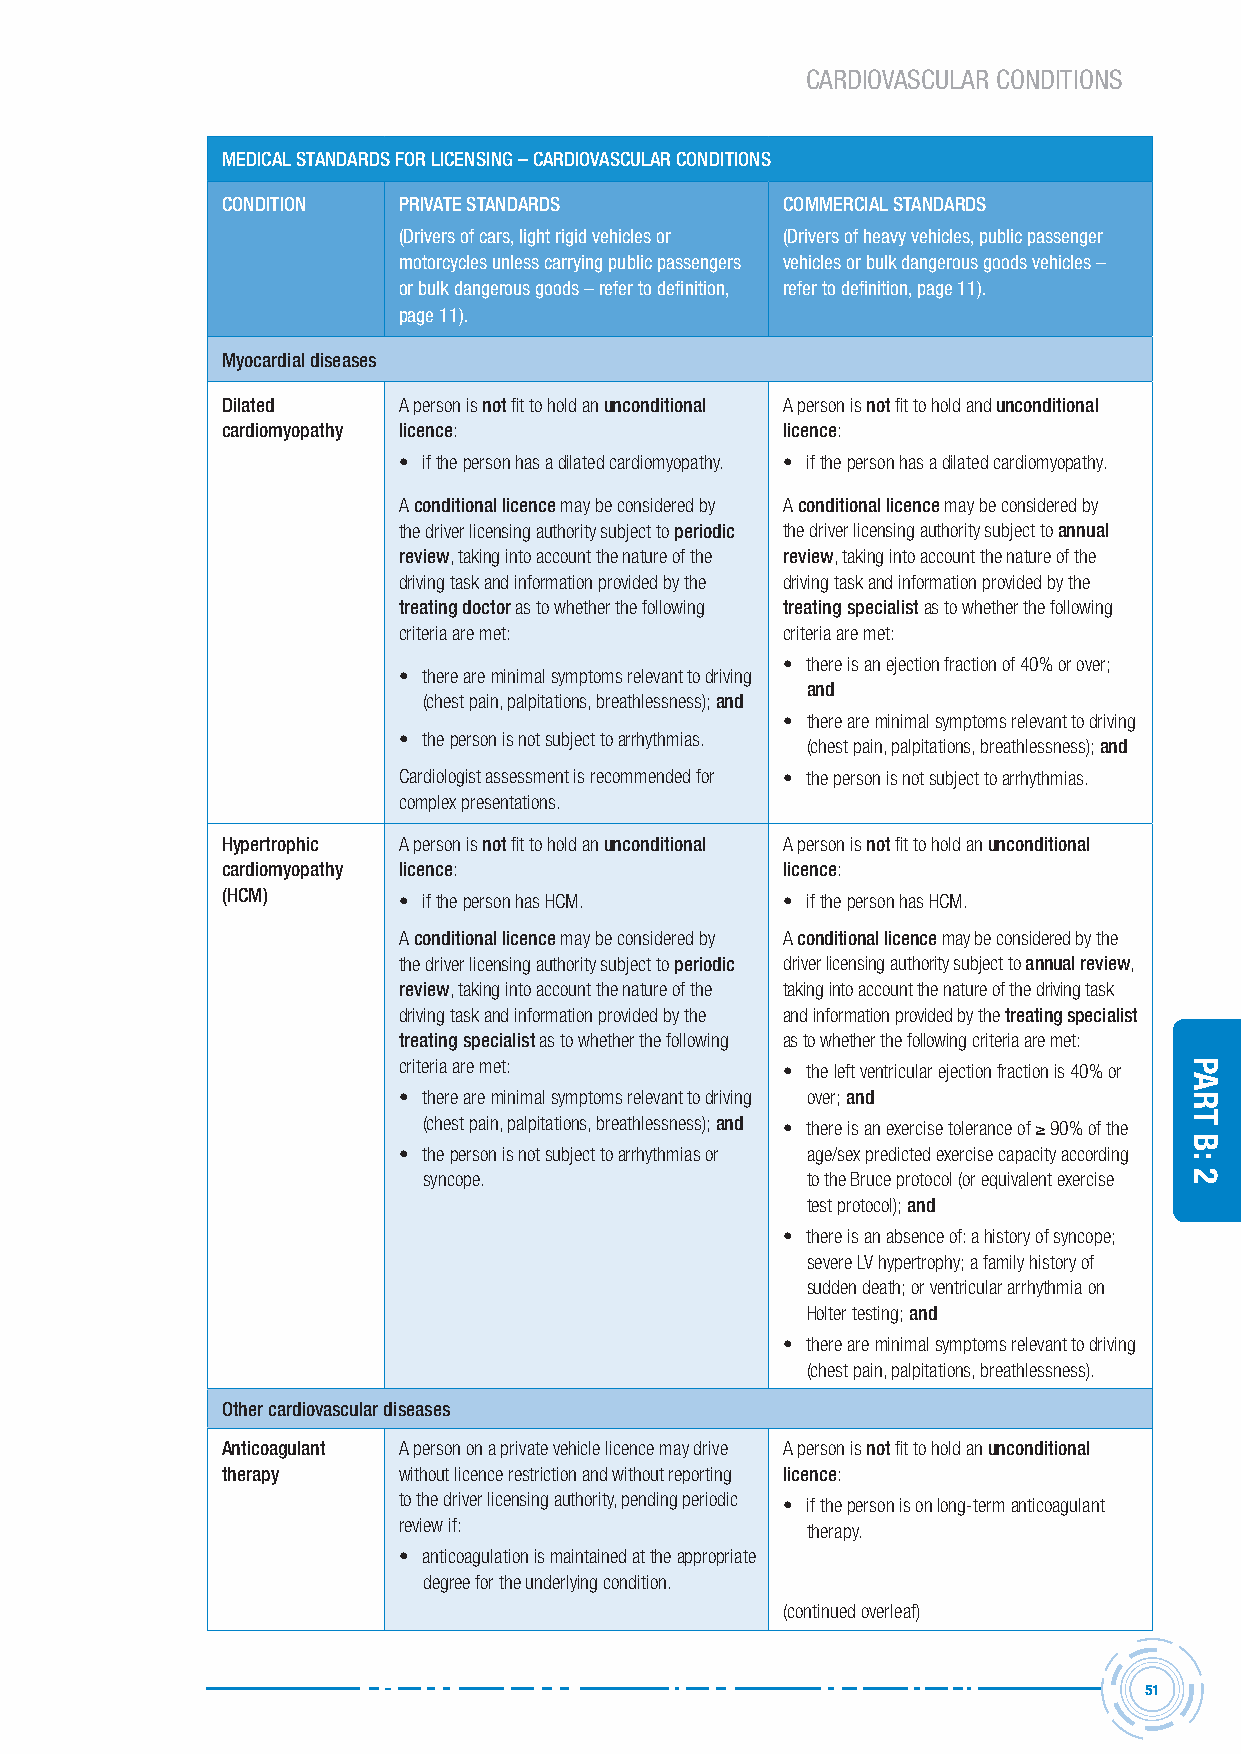
CARDIOVASCULAR CONDITIONS
 MeDicAL stAnDArDs For Licensing – cArDiovAscULAr conDitions
 conDition  PrivAte stAnDArDs         coMMerciAL stAnDArDs
 (Drivers of cars, light rigid vehicles or (Drivers of heavy vehicles, public passenger
 motorcycles unless carrying public passengers vehicles or bulk dangerous goods vehicles –
 or bulk dangerous goods – refer to definition, refer to definition, page 11).
 page 11).
 Myocardial diseases
 Dilated    A person is not fit to hold an unconditional A person is not fit to hold and unconditional
 cardiomyopathy licence:              licence:
 • if the person has a dilated cardiomyopathy. • if the person has a dilated cardiomyopathy.
 A conditional licence may be considered by A conditional licence may be considered by
 the driver licensing authority subject to periodic the driver licensing authority subject to annual
 review, taking into account the nature of the review, taking into account the nature of the
 driving task and information provided by the driving task and information provided by the
 treating doctor as to whether the following treating specialist as to whether the following
 criteria are met:         criteria are met:
 • there is an ejection fraction of 40% or over;
 • there are minimal symptoms relevant to driving
 and
 (chest pain, palpitations, breathlessness); and
 • there are minimal symptoms relevant to driving
 • the person is not subject to arrhythmias.
 (chest pain, palpitations, breathlessness); and
 Cardiologist assessment is recommended for • the person is not subject to arrhythmias.
 complex presentations.
 hypertrophic A person is not fit to hold an unconditional A person is not fit to hold an unconditional
 cardiomyopathy licence:              licence:
 (hcM)      • if the person has HCM.  • if the person has HCM.
 A conditional licence may be considered by A conditional licence may be considered by the
 the driver licensing authority subject to periodic driver licensing authority subject to annual review,
 review, taking into account the nature of the taking into account the nature of the driving task
 driving task and information provided by the and information provided by the treating specialist
 treating specialist as to whether the following as to whether the following criteria are met:
 criteria are met:         • the left ventricular ejection fraction is 40% or
 • there are minimal symptoms relevant to driving over; and
 (chest pain, palpitations, breathlessness); and • there is an exercise tolerance of ≥ 90% of the
 • the person is not subject to arrhythmias or age/sex predicted exercise capacity according
 syncope.                 to the Bruce protocol (or equivalent exercise
 test protocol); and
 • there is an absence of: a history of syncope;
 severe LV hypertrophy; a family history of
 sudden death; or ventricular arrhythmia on
 Holter testing; and
 • there are minimal symptoms relevant to driving
 (chest pain, palpitations, breathlessness).
 other cardiovascular diseases
 Anticoagulant A person on a private vehicle licence may drive A person is not fit to hold an unconditional
 therapy    without licence restriction and without reporting licence:
 to the driver licensing authority, pending periodic • if the person is on long-term anticoagulant
 review if:                 therapy.
 • anticoagulation is maintained at the appropriate
 degree for the underlying condition.
 (continued overleaf)
 51
 Part
 B:
 2